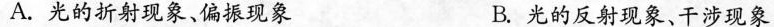
A.光的折射现象、偏振现象 B.光的反射现象、干涉现象